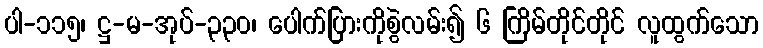
ပါ-၁၁၅၊ ဋ္ဌ-မ-အုပ်-၃၃၀၊ ပေါက်ပြားကိုစွဲလမ်း၍ ၆ ကြိမ်တိုင်တိုင် လူထွက်သော